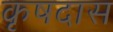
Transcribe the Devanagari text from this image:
कृषदास